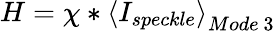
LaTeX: H=\chi*{\langle I_{speckle}\rangle}_{Mode\ 3}